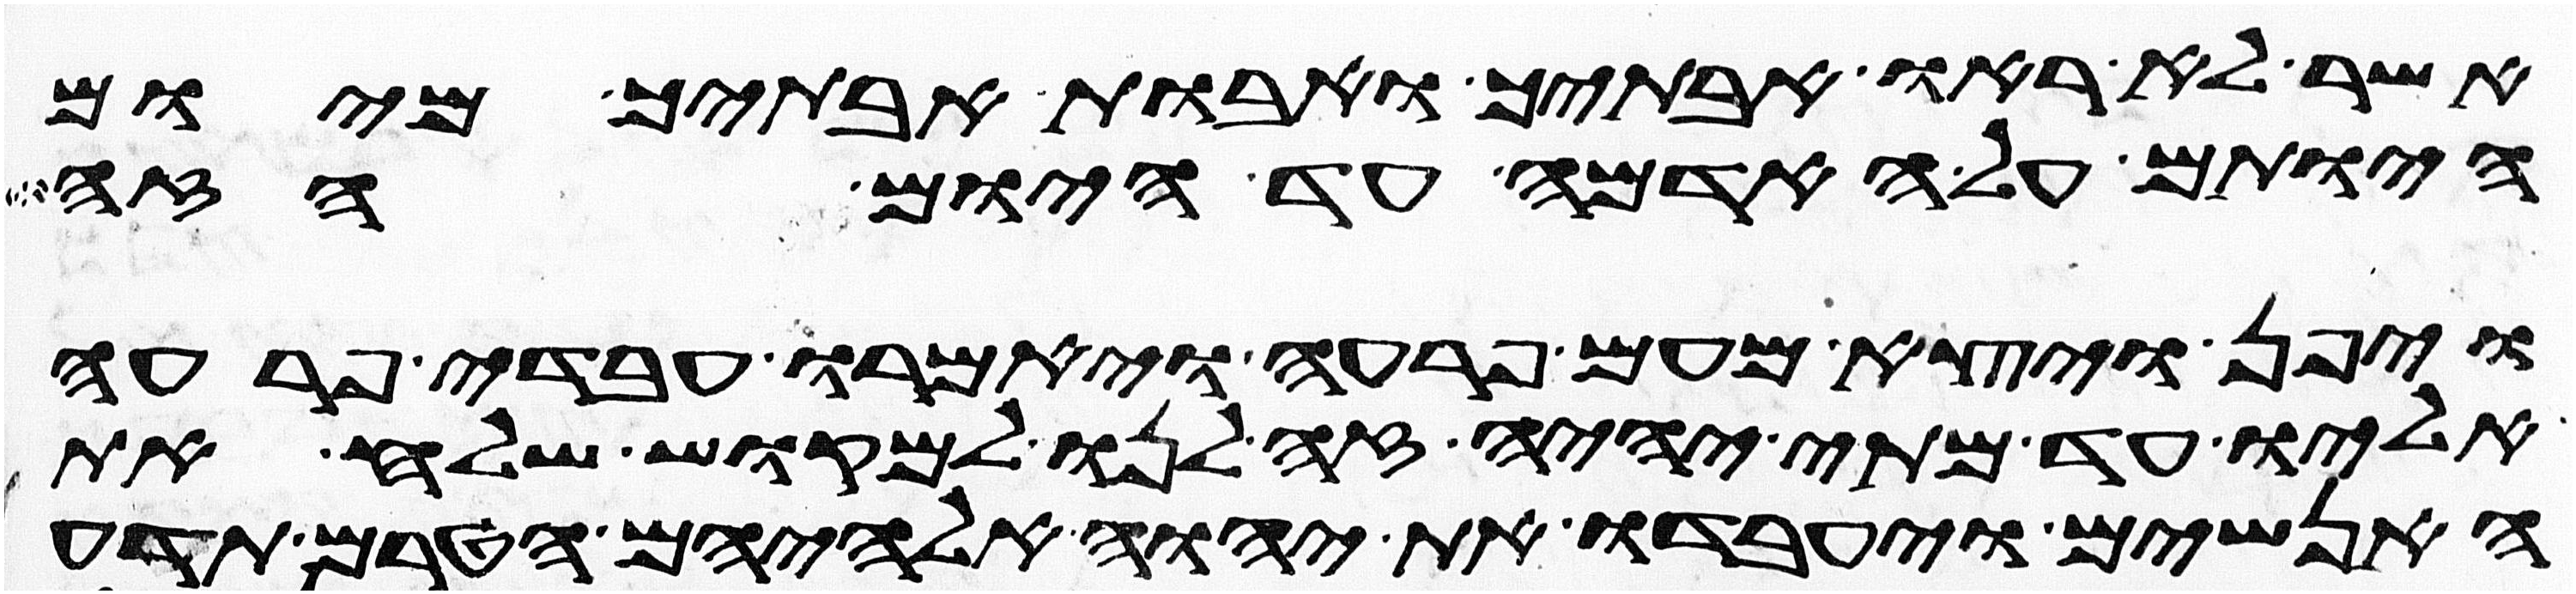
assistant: אשר לא ראו אבתיך ואבות אבתיך מיום
היותם על האדמה עד היום הזה
ויפן ויצא מעם פרעה ויאמרו עבדי פרעה
אליו עד מתי יהיה זה לנו למוקש שלח את
האנשים ויעבדו את יהוה אלהיהם הטרם תדע